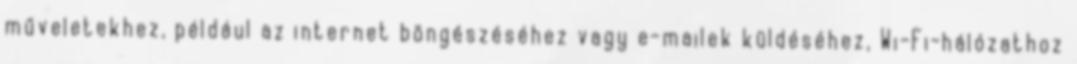
műveletekhez, például az internet böngészéséhez vagy e-mailek küldéséhez, Wi-Fi-hálózathoz